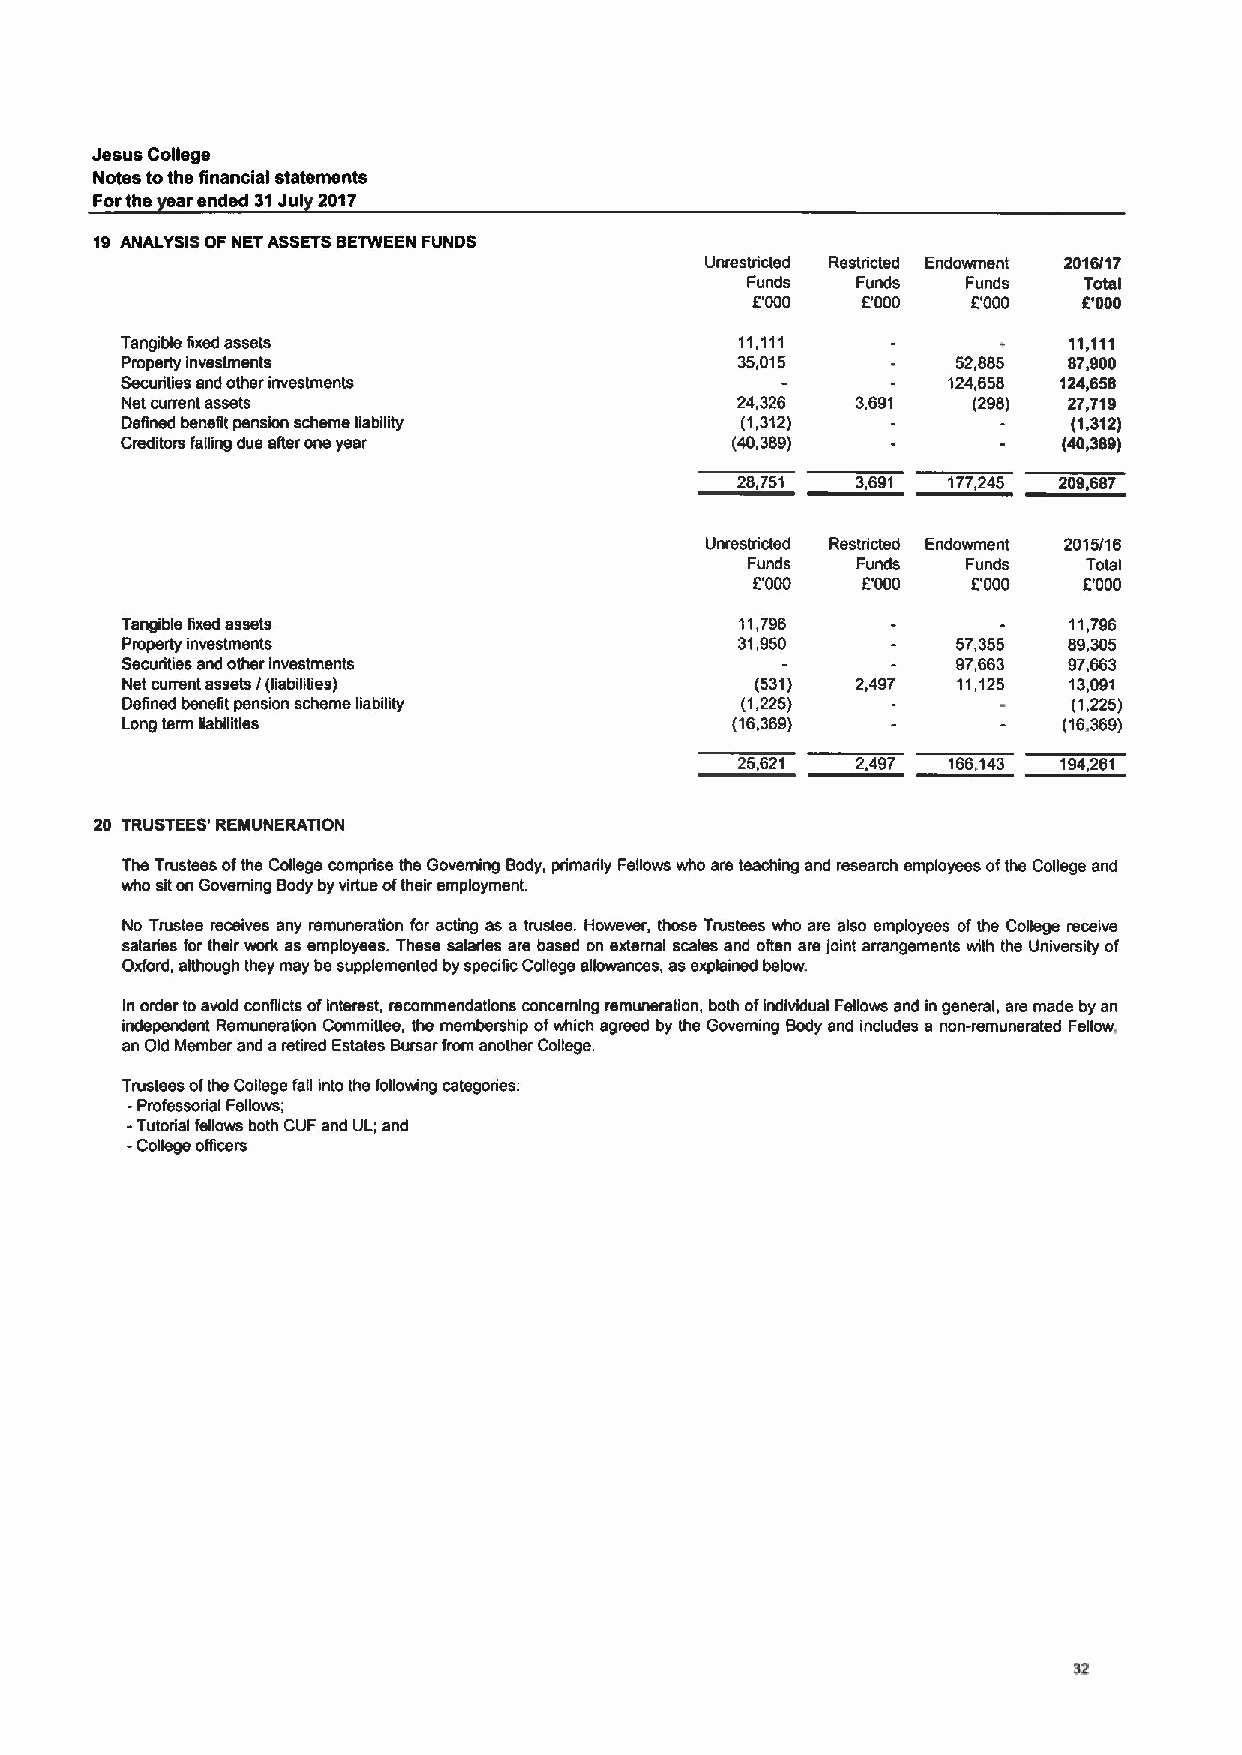
Jesus College
 Notes tothe financial statements
 Forthe earended 31Jul 2017
 19 ANALYSIS OF NETASSETSBETWEEN FUNDS
 Unrestricted Restricted Endowment 2016/17
 Funds   Funds  Funds   Total
 E'000  D000   E'000   E'000
 Tangible fixed assets                    11,111                11,111
 Property investments                     35,015        52,885  87.900
 Securities and other investments                       124,658 124,658
 Net current assets                       24,326  3,691  (298)  27,719
 Defined benefit pension scheme liability (1,312)               (1,312)
 Creditors fatling due afier one year    (40,389)              (40,389)
 28,751  3,691 177,245 209,687
 Unrestricted Restricted Endowment 2015/16
 Funds  Funds  Funds   Total
 E'000  E'000  D000    E'000
 Tangible fixed assets                    11,796                11,796
 Properly investments                     31,950        57,355  89,305
 Securitie and other investments                        97,663  97,663
 Net current assets /(liabiliTies)         (531)  2,497 11,125  13,091
 Defined benefit pension scheme liability (1,225)               (1,225)
 Long term liabilities                   (16,369)              (16.369)
 25,621  2,497 166,143 194,261
 20 TRUSTEES'REMUNERATION
 The Trustees ofthe College comprise the Governing Body, primarily Fsfiows who are teaching and research employees ofthe Cofiegs and
 who siton Governing Body by virtue oftheir employment.
 No Trustee receives any remuneration for acting as a trustee. However, those Trustees who are also employees ofthe Cofisgs receive
 salaries for their work as employees. These salaries are based on external sca/ss and often are joint arrangements with ths University of
 Oxford, although they may be supplemented by specific Cofiege allowances, as explained below.
 In order toavoid conflicts ofinterest, recommendations concerning remuneration, both ofindividual Fellows and in general, ars made by an
 independent Remuneration Commifiee, the membership ofwhich agreed by the Governing Body and includes a non-remunerated Fellow,
 an Old Member and aretired Estates Bursar from another Cofiege.
 Trustees ofthe Cofiege fall into the following categories:
 -Professorial Fellows;
 -Tutorial fellows both CUF and UL; and
 -College oNcers